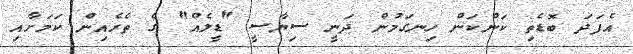
އެފަދަ ބޮޑެތި ކަންކަން ހިނގަމުން ދަނީ ސިޔާސީ "ޑީލެއް" ގެ ތެރެއިން ކަމަށާއި